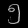
Digit: ၅